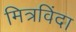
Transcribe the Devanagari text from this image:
मित्रविंदा